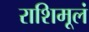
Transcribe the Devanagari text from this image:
राशिमूलं